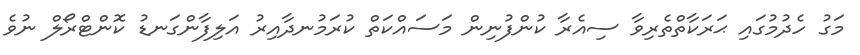
މަގު ހެދުމުގައި ޙަރަކާތްތެރިވާ ސިއެރާ ކުންފުނިން މަސައްކަތް ކުރަމުނދާއިރު އަލިފާންގަނޑު ކޮންޓްރޯލް ނުވެ